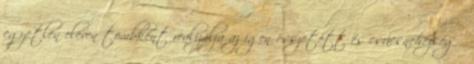
egyetlen eleven tömbként realizálja az igen összetett és csúcsnehézségű